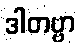
ဒါတဗ္ဗာ